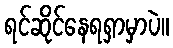
ရင်ဆိုင်နေရရှာမှာပဲ။